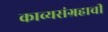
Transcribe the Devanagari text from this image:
काव्यसंग्रहाची